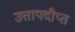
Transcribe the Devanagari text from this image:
उत्तापदीप्त